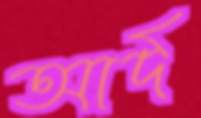
আর্দ্